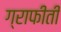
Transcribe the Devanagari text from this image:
ग्राफीती